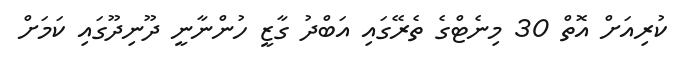
ކުރިއަށް އޮތް 30 މިނެޓްގެ ތެރޭގައި އަބްދު ގާޒީ ހުންނާނީ ދޫނިދޫގައި ކަމަށް